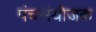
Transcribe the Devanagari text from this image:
पंचसंयोजक